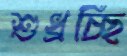
শুধ্‌রচ্ছি